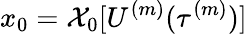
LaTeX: x_{0}=\mathcal{X}_{0}[U^{(m)}(\tau^{(m)})]